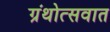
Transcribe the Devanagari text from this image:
ग्रंथोत्सवात